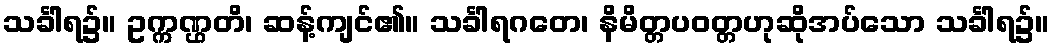
သင်္ခါရ၌။ ဥက္ကဏ္ဌတိ၊ ဆန့်ကျင်၏။ သင်္ခါရဂတေ၊ နိမိတ္တပဝတ္တဟုဆိုအပ်သော သင်္ခါရ၌။